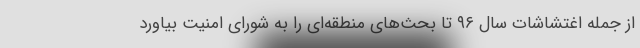
از جمله اغتشاشات سال ۹۶ تا بحث‌های منطقه‌ای را به شورای امنیت بیاورد